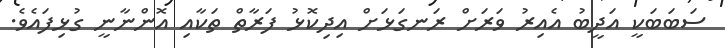
ސަބަބަކީ އަދީބު އެއިރު ވަރަށް ރަނގަޅަށް އިދިކޮޅު ފަރާތް ތަކާއި އޮންނާނީ ގުޅިފައެވެ.